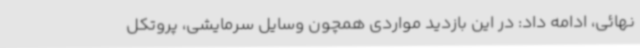
نهائی، ادامه داد: در این بازدید مواردی همچون وسایل سرمایشی، پروتکل